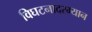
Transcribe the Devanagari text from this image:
विघटनादरम्यान